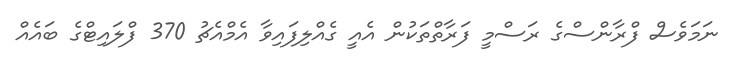
ނަމަވެސް ފްރާންސްގެ ރަސްމީ ފަރާތްތަކުން އެއީ ގެއްލިފައިވާ އެމްއެޗު 370 ފްލައިޓްގެ ބައެއް